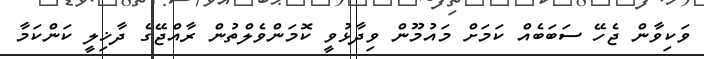
ވަކިވާން ޖެހޭ ސަބަބެއް ކަމަށް މައުމޫން ވިދާޅުވީ ކޮމަންވެލްތުން ރާއްޖޭގެ ދާޚިލީ ކަންކަމާ